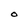
Character: O